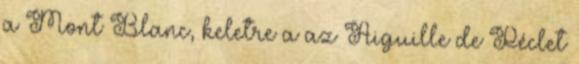
a Mont Blanc, keletre a az Aiguille de Péclet